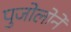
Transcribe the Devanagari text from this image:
पुजोलोने